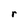
Character: r